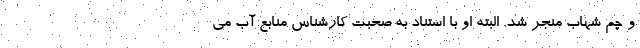
و چم شهاب منجر شد. البته او با استناد به صحبت کارشناس منابع آب می